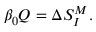
\beta _ { 0 } Q = \Delta S _ { I } ^ { M } .